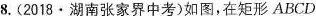
8.(2018·湖南张家界中考)如图，在矩形ABCD